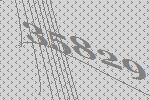
35829